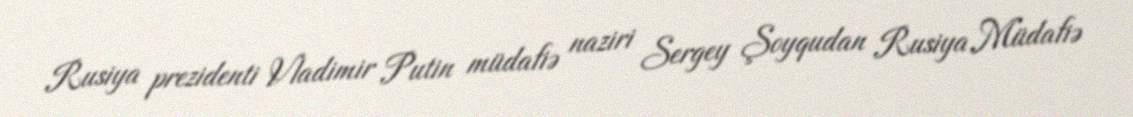
Rusiya prezidenti Vladimir Putin müdafiə naziri Sergey Şoyqudan Rusiya Müdafiə